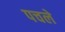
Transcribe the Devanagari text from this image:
पचले